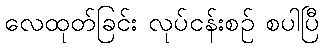
လေထုတ်ခြင်း လုပ်ငန်းစဉ် စပါပြီ